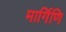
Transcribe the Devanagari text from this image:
मार्गिणि